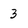
Character: 3